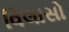
વિલાસો